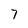
Character: 7